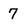
Character: 7